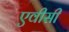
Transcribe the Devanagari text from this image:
एवीसी